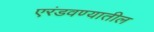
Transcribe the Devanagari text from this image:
एरंडवण्यातील